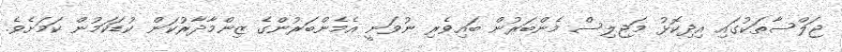
ޖަލްސާތަކުގައި އިދިކޮޅު މަޖިލިސް މެންބަރުން ބައިވެރި ނުވަނީ އެމެންބަރުންގެ ޒިންމާދާރުކަން ކުޑަކަމުން ކަމަށެވެ.